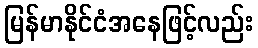
မြန်မာနိုင်ငံအနေဖြင့်လည်း